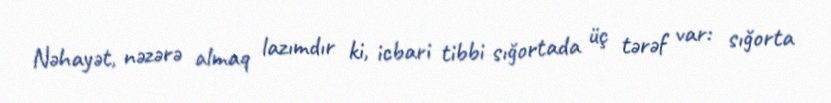
Nəhayət, nəzərə almaq lazımdır ki, icbari tibbi sığortada üç tərəf var: sığorta